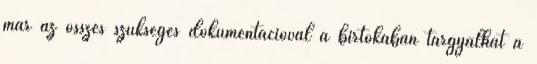
már az összes szükséges dokumentációval a birtokában tárgyalhat a